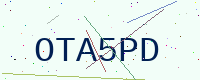
Text: OTA5PD